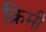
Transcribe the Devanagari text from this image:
क्रिमी